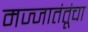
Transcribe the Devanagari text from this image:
मज्जातंतूंचा